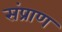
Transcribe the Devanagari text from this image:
संप्राण